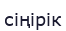
сіңірік